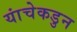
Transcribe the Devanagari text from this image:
यांचेकडुन